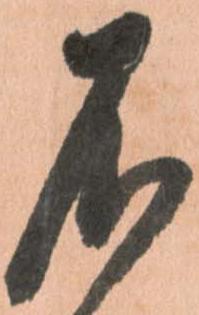
不